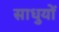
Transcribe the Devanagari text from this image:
साधुयों